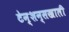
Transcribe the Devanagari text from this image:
टेन्शन्सखाली